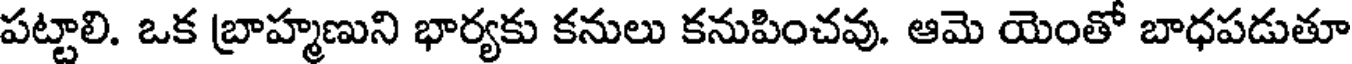
పట్టాలి. ఒక బ్రాహ్మణుని భార్యకు కనులు కనుపించవు. ఆమె యెంతో బాధపడుతూ